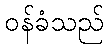
ဝန်ခံသည်